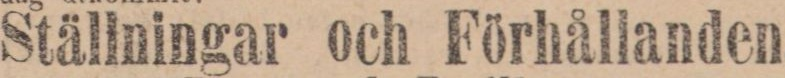
Ställningar och Förhållanden.